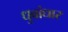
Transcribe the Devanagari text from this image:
धुवांधार